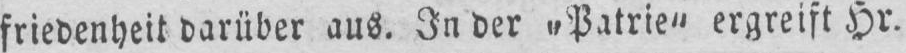
friedenheit darüber aus. In der „Patrie“ ergreift Hr.